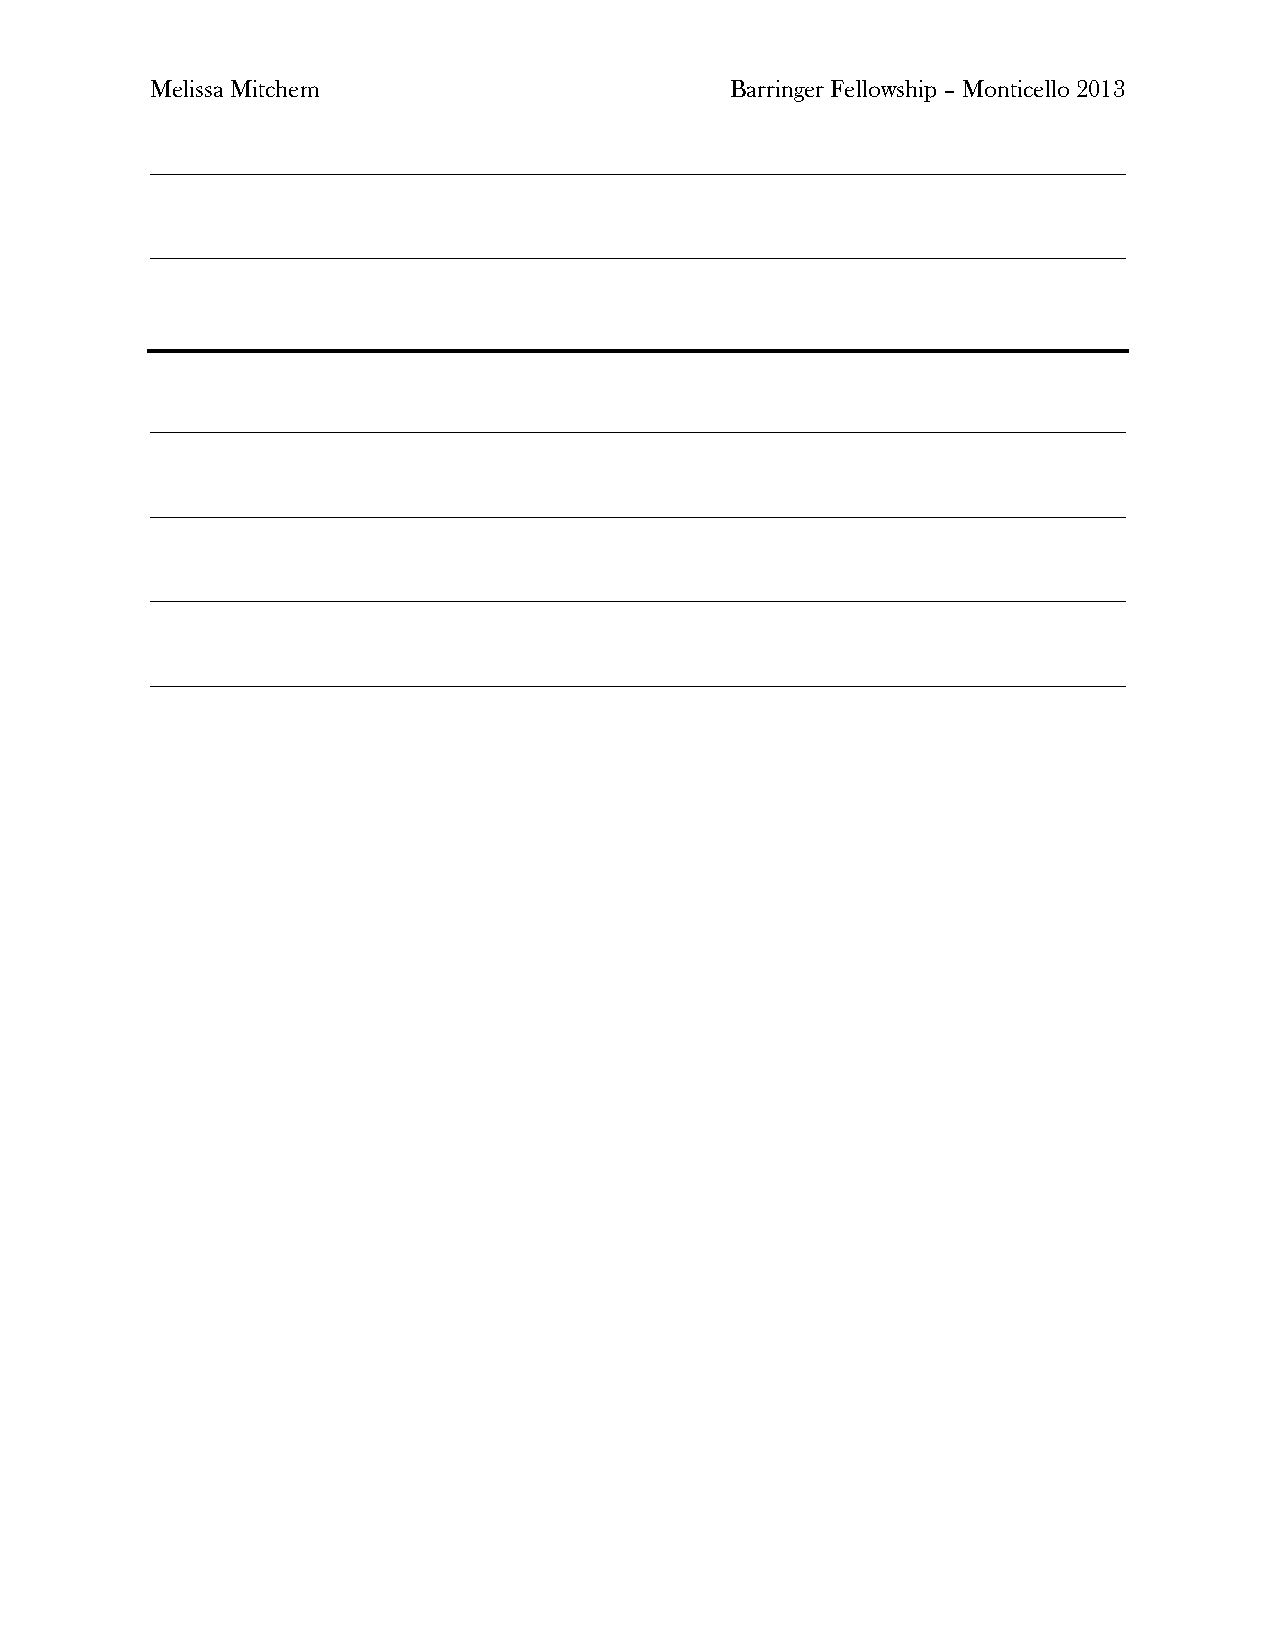
Melissa Mitchem                       Barringer Fellowship – Monticello 2013
 ______________________________________________________________________________
 ______________________________________________________________________________
 ______________________________________________________________________________
 ______________________________________________________________________________
 ______________________________________________________________________________
 ______________________________________________________________________________